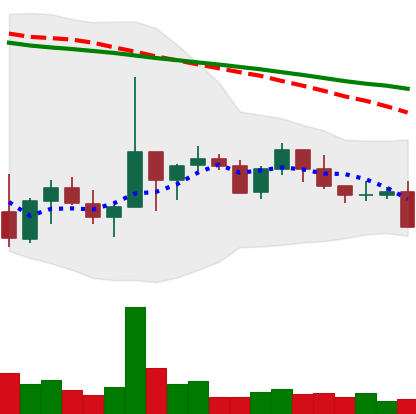
Ticker: NEO-USD
Chart end date: 2022-10-10
Forward return: -5.765%
Label: down_5_7